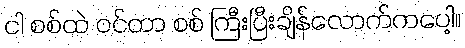
ငါ စစ်ထဲ ဝင်တာ စစ် ကြီးပြီးချိန်လောက်ကပေါ့။